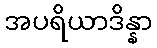
အပရိယာဒိန္နာ